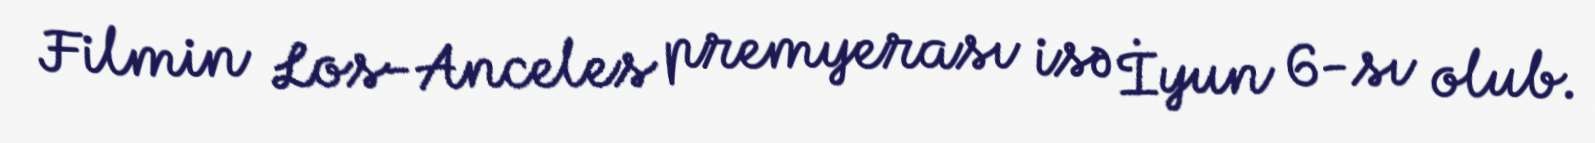
Filmin Los-Anceles premyerası isə İyun 6-sı olub.